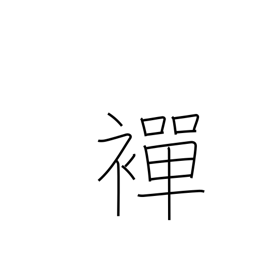
Meaning: undergarment